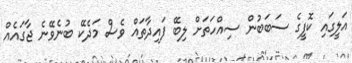
އަލީގައި ކޮފީގެ ސަބަބުން ސިއްހަތަށް ލިބޭ ފައިދާތައް ވެސް މަދެކޭ ބުނެވޭނެ ޖާގައެއް